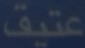
عتيف